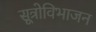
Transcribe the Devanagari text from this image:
सूत्रोविभाजन